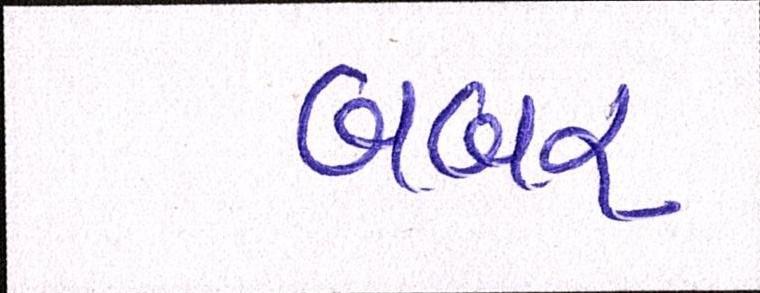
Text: બબર